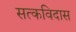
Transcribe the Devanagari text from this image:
सत्कविदास